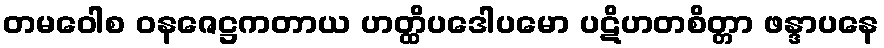
တမဝေါစ ဝနဇေဋ္ဌကတာယ ဟတ္ထိပဒေါပမော ပဋိဟတစိတ္တာ ဖန္ဒာပနေ